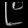
Digit: ၉